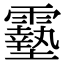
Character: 𩆔